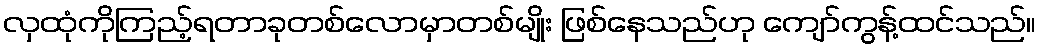
လှထုံကိုကြည့်ရတာခုတစ်လောမှာတစ်မျိုး ဖြစ်နေသည်ဟု ကျော်ကွန့်ထင်သည်။